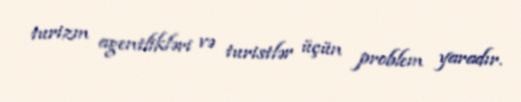
turizm agentlikləri və turistlər üçün problem yaradır.